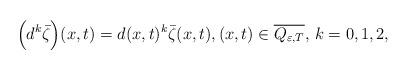
LaTeX: \begin{align*} \Bigl(d^k\bar{\zeta}\Bigr)(x,t) = d(x,t)^k\bar{\zeta}(x,t), (x,t)\in\overline{Q_{\varepsilon,T}}, \, k=0,1,2,\end{align*}